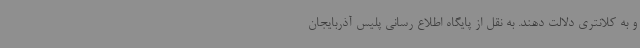
و به کلانتری دلالت دهند. به نقل از پایگاه اطلاع رسانی پلیس آذربایجان